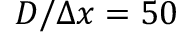
D / \Delta x = 5 0